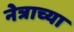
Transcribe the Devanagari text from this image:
नेत्राच्या